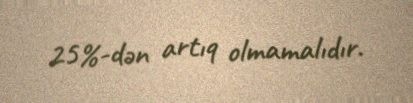
25%-dən artıq olmamalıdır.